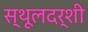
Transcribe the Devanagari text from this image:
स्थूलदर्शी